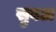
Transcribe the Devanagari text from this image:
सुबअ